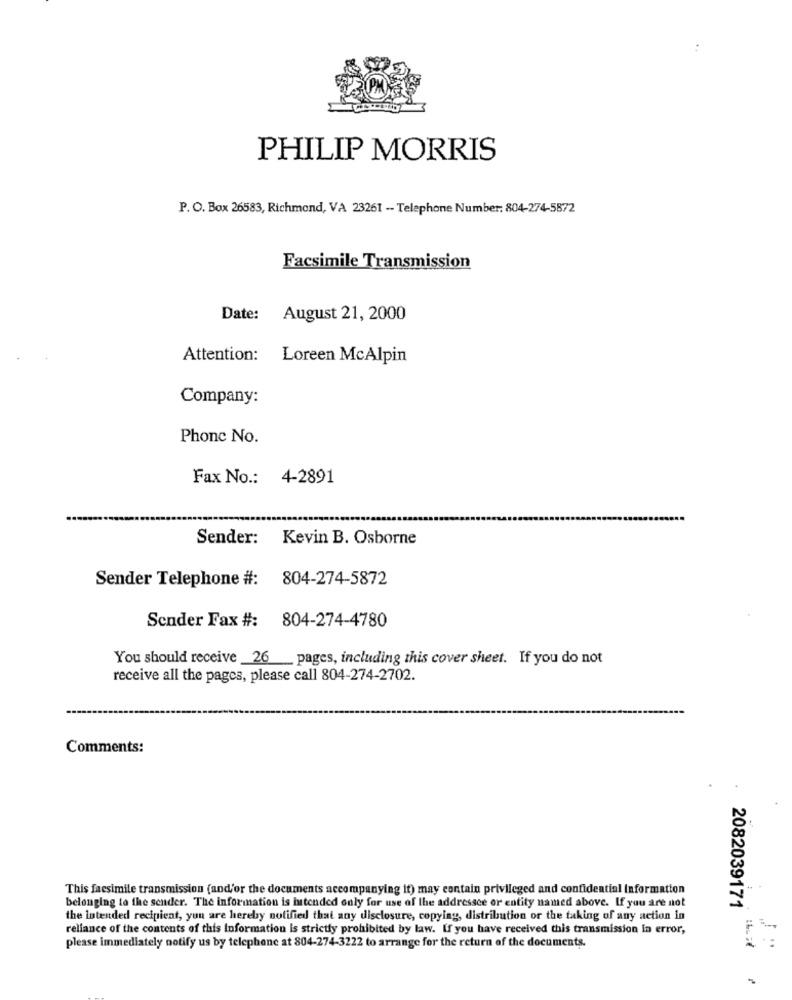
PHILIP MORRIS
P. O. Box 26583, Richmond, VA 23261 -- Telephone Number: 804-274-5872
Facsimile Transmission
Date: August 21, 2000
Attention: Loreen McAlpin
Company:
Phone No.
Fax No .: 4-2891
Sender: Kevin B. Osborne
Sender Telephone #: 804-274-5872
Sender Fax #: 804-274-4780
You should receive _26 __ pages, including this cover sheet. If you do not
receive all the pages, please call 804-274-2702.
Comments:
200
This facsimile transmission (and'or the documents accompanying it) may contain privileged and confidential Information
belonging to the sender. The information is hitended only for use of the addressce or entity named above. If you are not
2082039171
the Intended recipient, you are hereby notified that any disclosure, copying, distribution or the taking of any action in
reliance of the contents of this Information is strictly prohibited by law. If you have received this transmission in error,
please immediately notify us by telephone at 804-274-3222 to arrange for the return of the documents.